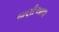
ધાણીઆલા